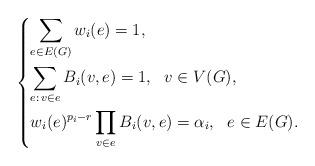
LaTeX: \begin{align*}\begin{dcases}\sum_{e\in E(G)}w_i(e)=1,\\\sum_{e:\,v\in e}B_i(v,e)=1,\ \ v\in V(G),\\w_i(e)^{p_i-r}\prod_{v\in e}B_i(v,e)=\alpha_i,\ \ e\in E(G).\end{dcases}\end{align*}